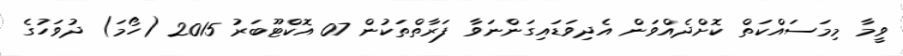
ވީމާ މިމަސައްކަތް ކޮށްދެއްވަން އެދިވަޑައިގަންނަވާ ފަރާތްތަކުން 07 އޮކްޓޫބަރު 2015 (ހޯމަ) ދުވަހުގެ